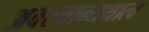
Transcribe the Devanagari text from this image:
अवस्थान्यथात्व